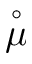
\overset { \circ } \mu